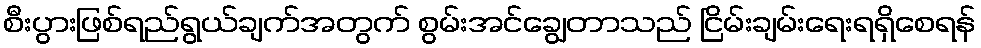
စီးပွားဖြစ်ရည်ရွယ်ချက်အတွက် စွမ်းအင်ချွေတာသည် ငြိမ်းချမ်းရေးရရှိစေရန်